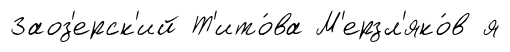
Заоз'ерск'ий Т'ито́ва М'ерзл'яко́в я